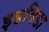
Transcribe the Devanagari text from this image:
इडविडा